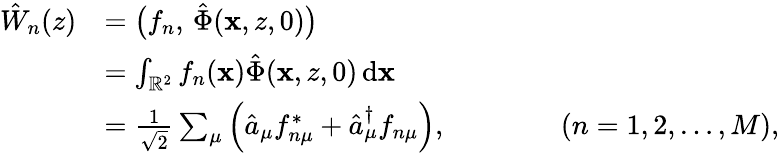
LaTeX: \begin{array}{rl}{\hat{W}_{n}(z)}&{=\bigl(f_{n},\, \hat{\Phi}(\mathbf{x},z,0)\bigr)}\\ &{=\int_{\mathbb{R}^{2}}f_{n}(\mathbf{x})\hat{\Phi}(\mathbf{x},z,0)\, \mathrm{d}\mathbf{x}}\\ &{=\frac{1}{\sqrt{2}}\sum_{\mu}\left(\hat{a}_{\mu}f_{n\mu}^{*}+\hat{a}_{\mu}^{\dagger}f_{n\mu}\right),\qquad\qquad(n=1,2,\ldots,M),}\end{array}